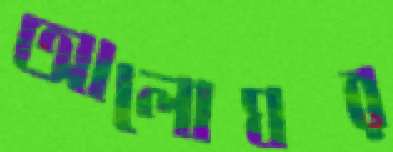
আলোঘর